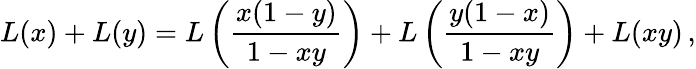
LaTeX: L(x)+L(y)=L\left(\frac{x(1-y)}{1-xy}\right)+L\left(\frac{y(1-x)}{1-xy}\right)+L(xy)\, ,